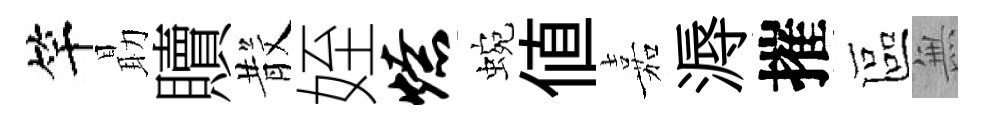
竿朂贖𣪚姪燎蜿値嘉溽摧區𭴾